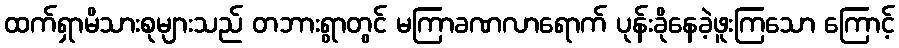
ထက်ရှာမိသားစုများသည် တဘားရွာတွင် မကြာခဏလာရောက် ပုန်းခိုနေခဲ့ဖူးကြသော ကြောင့်